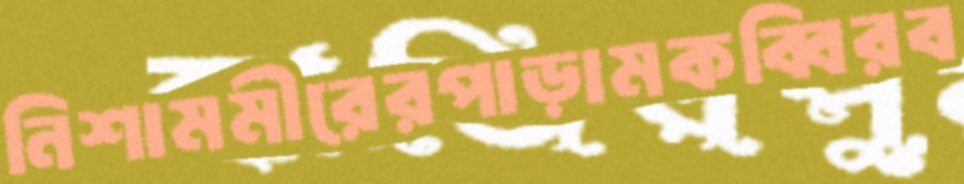
নিশামমীরেরপাড়ামকব্বিরব